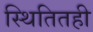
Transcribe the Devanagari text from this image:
स्थितितही